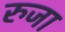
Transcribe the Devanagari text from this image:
रुजा